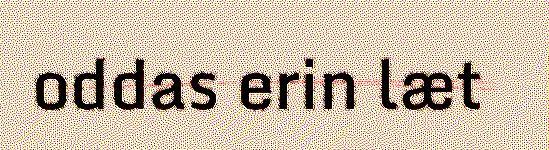
oddas erin læt